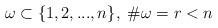
LaTeX: \begin{align*}\omega \subset \{1,2,...,n\}, \; \# \omega = r<n\end{align*}